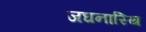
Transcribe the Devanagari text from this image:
जघनास्थि